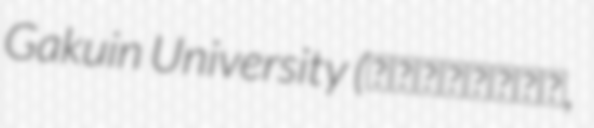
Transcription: Gakuin University (青森中央学院大学,